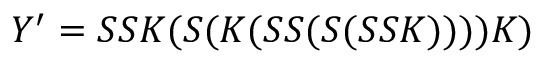
Y ^ { \prime } = S S K ( S ( K ( S S ( S ( S S K ) ) ) ) K )